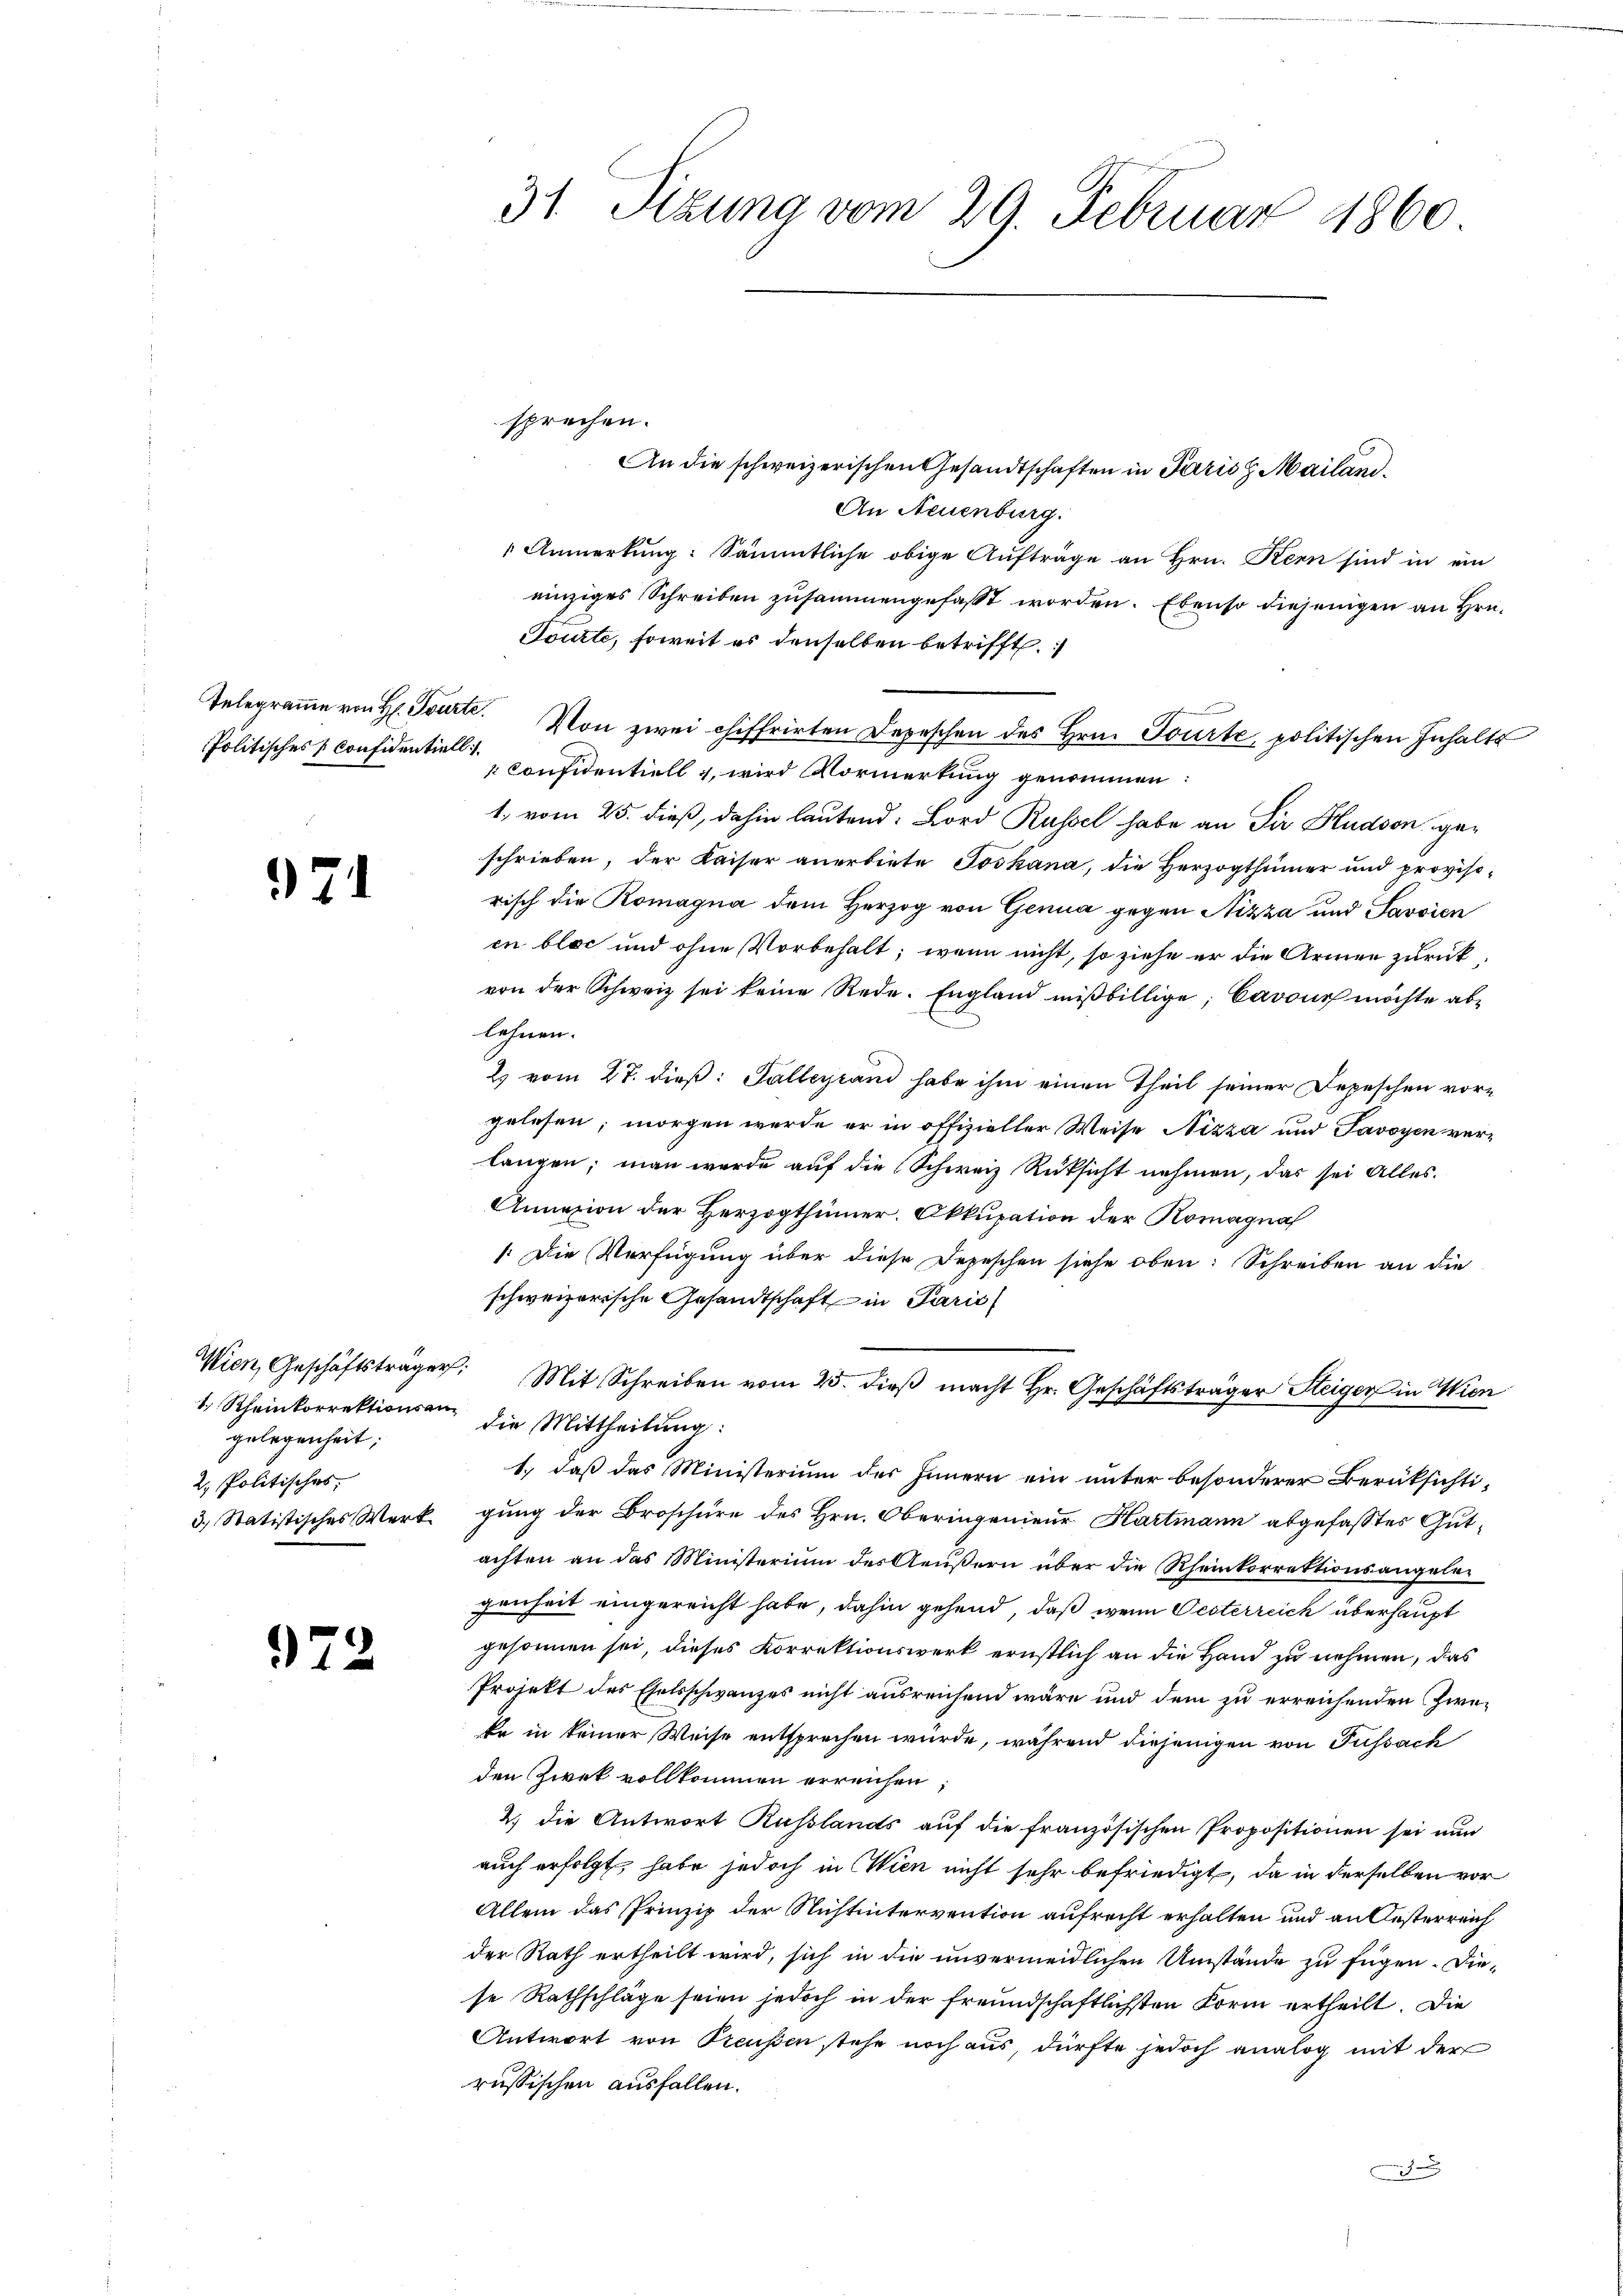
Politisches Confidentiell

971

Wien, Geschäftsträger
gelegenheit;
2. Politisches,
3.) Statistisches Werk

972

sprechen.
An die schweizerischen Gesandtschaften in Paris Mailand¬
An Neuenburg.
Anmerkung: Sämmtliche obige Aufträge an Hrn. Kern sind in ein
einziges Schreiben zusammengefasst worden. Ebenso diejenigen an Hrn.
Tourte, soweit es denselben betrifft.
Telegraṁe von H. Tourte. Von zwei chiffrirten Depeschen des Hrn. Tourte, politischen Inhalts
 Confidentiell u. wird Vormerkung genommen
1. vom 25. dieß, dahin lautend: Bord Russel habe an Sir Hudson geschrieben, der Kaiser anerbiete Joskana, die Herzogthümer und proviso-
risch die Romagna dem Herzog von Genua gegen Nizza und Savoien
in bloc und ohne Vorbehalt; wenn nicht, so ziehe er die Armen zurückvon der Schweiz sei keine Rede. England mißbillige, Cavour möchte ablehnen.
2 vom 27. dieß: Palleyrand habe ihm einen Theil seiner Depeschen vorgelesen; morgen wurde er in offizieller Weise Nizza und Savoyen verlangen; man werde auf die Schweiz Rüksicht nehmen, das sei Alles.
Annazion der Herzogthümer. Okkupation der Komagna
: Die Verfügung über diese Depeschen siehe oben: Schreiben an die
schweizerische Gesandtschaft in Paris
Mit Schreiben vom 25. dieβ macht Hr. Geschäftsträger Steiger in Wien
1. Rheinkorrektionsen die Mittheilung:
1.) daß das Ministerium des Innern ein unter besonderer Berüksichti-
gung der Broschüre des Hrn. Oberingenieur Hartmann abgefasstes Gutachten an das Ministerium des Aeußern über die Rheinkorrektionsangelegenheit eingereicht habe, dahin gehend, daß wenn Oesterreich überhaupt
gesonnen sei, dieses Korrektionswerk ernstlich an die Hand zu nehmen, das
Projekt des Ehelsschwanzes nicht ausreichend wäre und dem zu erreichenden Zweke in keiner Weise entsprechen würde, während diejenigen von Füssach
den Zweck vollkommen erreichen,
2.) die Antwort Russlands auf die französischen Propositionen sei nun
auch erfolgt, habe jedoch in Wien nicht sehr befriedigt, da in derselben vor
Allein das Prinzip der Nichtintervention aufrecht erhalten und an Oesterreich
der Rath ertheilt wird, sich in die unvermeidlichen Umstände zu fügen. Diese Rathschläge seien jedoch in der freundschaftlichsten Form ertheilt. Die
Antwort von Preussen stehe noch aus, dürfte jedoch analog mit der
russischen ausfallen.
A

31. Sizung vom 29. Februar 1860